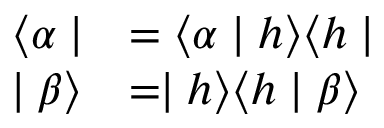
\begin{array} { l l } { { \langle \alpha \mid } } & { { = \langle \alpha \mid h \rangle \langle h \mid } } \\ { { \mid \beta \rangle } } & { { = \mid h \rangle \langle h \mid \beta \rangle } } \end{array}